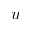
u